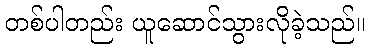
တစ်ပါတည်း ယူဆောင်သွားလိုခဲ့သည်။